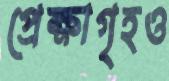
প্রেক্ষাগৃহও